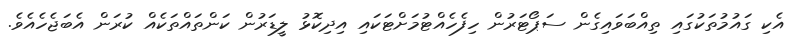
އެކި ގައުމުތަކުގައި ތިއްބަވައިގެން ސަޕޯޓަރުން ހިފެހެއްޓުމަށްޓަކައި އިދިކޮޅު ލީޑަރުން ކަންތައްތަކެއް ކުރަން އެބަޖެހެއެވެ.